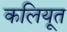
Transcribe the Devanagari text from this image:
कलियूत